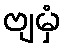
ဗျမှံ